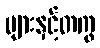
များနှင့်တကွ